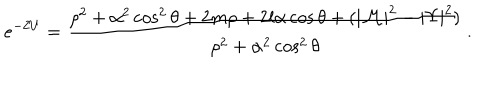
LaTeX: e ^ { - 2 U } = \frac { \rho ^ { 2 } + \alpha ^ { 2 } \cos ^ { 2 } \theta + 2 m \rho + 2 l \alpha \cos \theta + ( | { \cal M } | ^ { 2 } - | \Upsilon | ^ { 2 } ) } { \rho ^ { 2 } + \alpha ^ { 2 } \cos ^ { 2 } \theta } \, .